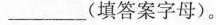
___（填答案蚊子）